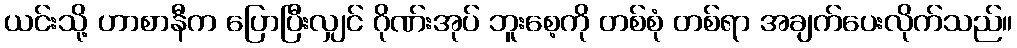
ယင်းသို့ ဟာစာနီက ပြောပြီးလျှင် ဂိုဏ်းအုပ် ဘူးစေ့ကို တစ်စုံ တစ်ရာ အချက်ပေးလိုက်သည်။